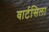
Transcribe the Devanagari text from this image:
वार्टसिला